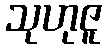
သုဟုဇူ